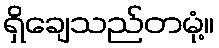
ရှိချေသည်တမုံ့။